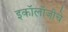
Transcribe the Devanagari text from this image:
इकॉलॉजीचे